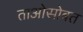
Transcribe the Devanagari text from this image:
ताओसोबत